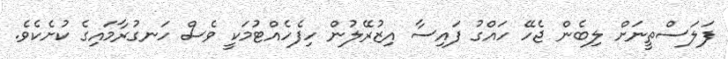
ފަލަސްތީނަށް ލިބެން ޖެހޭ ހައްގު ފައިސާ އިޒުރޭލުން ހިފެހެއްޓުމަކީ ވެސް ހަނގުރާމައިގެ ކުށެކެވެ.